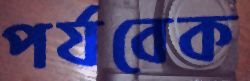
পর্যবেক